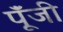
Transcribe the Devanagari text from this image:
पूॅंजी